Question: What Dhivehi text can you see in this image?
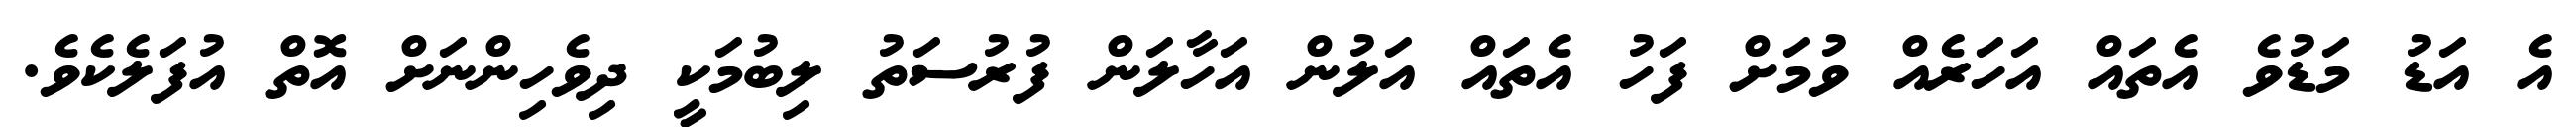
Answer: އެ އަޑު މަޑުވެ އެތައް އަހަރެއް ވުމަށް ފަހު އެތައް އަލުން އަހާލަން ފުރުސަތު ލިބުމަކީ ދިވެހިންނަށް އޮތް އުފަލެކެވެ.